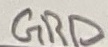
Text: GRD